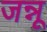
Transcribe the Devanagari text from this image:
जन्नू